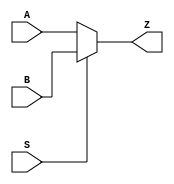
module notech_mux2 (A,B,Z,S);
input A,B,S;
output Z;
assign Z = S ? B: A;
endmodule